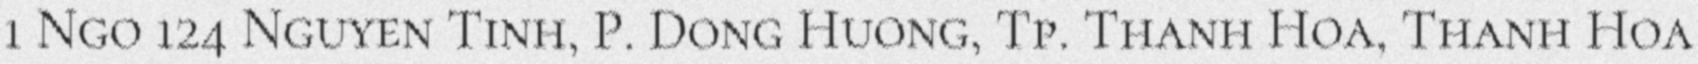
1 Ngo 124 Nguyen Tinh, P. Dong Huong, Tp. Thanh Hoa, Thanh Hoa